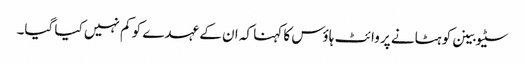
سٹیو بینن کو ہٹانے پر وائٹ ہاؤس کا کہنا کہ ان کے عہدے کو کم نہیں کیا گیا۔